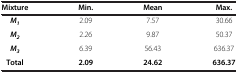
<table><thead><tr><td><b>Mixture</b></td><td><b>Min.</b></td><td><b>Mean</b></td><td><b>Max.</b></td></tr></thead><tbody><tr><td><b><i>M</i></b><sub><b><i>1</i></b></sub></td><td>2.09</td><td>7.57</td><td>30.66</td></tr><tr><td><b><i>M</i></b><sub><b><i>2</i></b></sub></td><td>2.26</td><td>9.87</td><td>50.37</td></tr><tr><td><b><i>M</i></b><sub><b><i>3</i></b></sub></td><td>6.39</td><td>56.43</td><td>636.37</td></tr><tr><td><b>Total</b></td><td><b>2.09</b></td><td><b>24.62</b></td><td><b>636.37</b></td></tr></tbody></table>